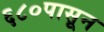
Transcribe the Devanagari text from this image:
६८०पासून